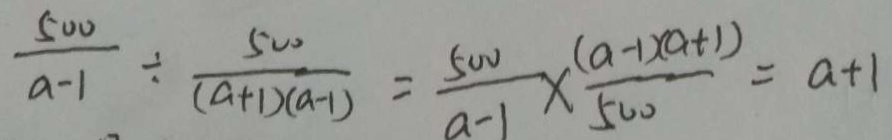
\frac { 5 0 0 } { a - 1 } \div \frac { 5 0 0 } { ( a + 1 ) ( a - 1 ) } = \frac { 5 0 0 } { a - 1 } \times \frac { ( a - 1 ) ( a + 1 ) } { 5 0 0 } = a + 1